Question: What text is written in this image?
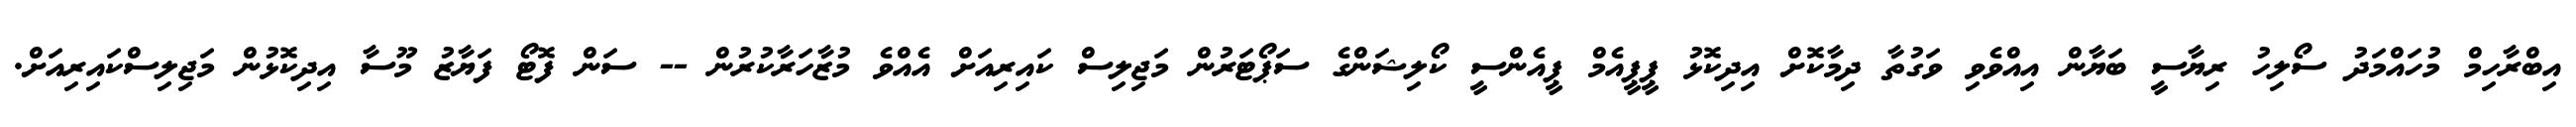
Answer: އިބްރާހިމް މުހައްމަދު ސޯލިހު ރިޔާސީ ބަޔާން އިއްވެވި ވަގުތާ ދިމާކޮށް އިދިކޮޅު ޕީޕީއެމް ޕީއެންސީ ކޯލިޝަންގެ ސަޕޯޓަރުން މަޖިލިސް ކައިރިއަށް އެއްވެ މުޒާހަރާކުރުން -- ސަން ފޮޓޯ ފަޔާޒު މޫސާ އިދިކޮޅުން މަޖިލިސްކައިރިއަށް.